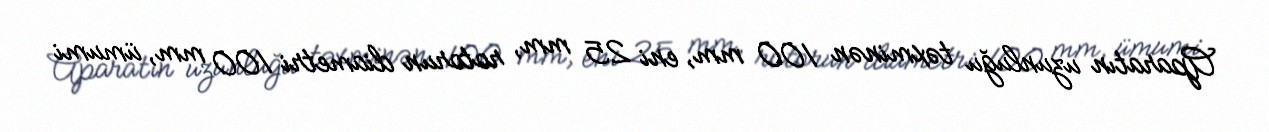
Aparatın uzunluğu təxminən 100 mm, eni 25 mm, rotorun diametri 100 mm, ümumi